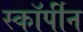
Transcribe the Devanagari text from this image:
स्कॉर्पीन